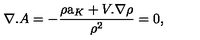
\nabla . A = - \frac { \rho \mathrm { \Large a } _ { K } + V . \nabla \rho } { \rho ^ { 2 } } = 0 ,